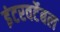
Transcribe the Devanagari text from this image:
इंटरवर्टेबल